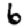
Digit: 6